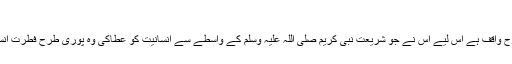
٭فطرت انسانی سے ہم آہنگی:
انسان کو اللہ نے پیدا کیا ہے وہ اس کی ضروریات وتقاضے سے بھی پوری طرح واقف ہے اس لیے اس نے جو شریعت نبی کریم صلی اللہ علیہ وسلم کے واسطے سے انسانیت کو عطاکی وہ پوری طرح فطرتِ انسانی سے ہم آہنگ ہے، اس لیے قرآن نے اسلام کو دینِ فطرت سے تعبیر کیا ہے۔